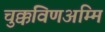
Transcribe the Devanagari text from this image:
चुक्कविणअम्मि